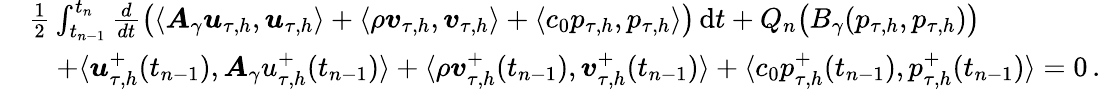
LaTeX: \begin{array}{rl}&{\frac{1}{2}\int_{t_{n-1}}^{t_{n}}\frac{d}{dt}\big(\langle\boldsymbol A_{\gamma}\boldsymbol u_{\tau,h},\boldsymbol u_{\tau,h}\rangle+\langle\rho\boldsymbol v_{\tau,h},\boldsymbol v_{\tau,h}\rangle+\langle c_{0}p_{\tau,h},p_{\tau,h}\rangle\big)\, \mathrm{d}t+Q_{n}\big(B_{\gamma}(p_{\tau,h},p_{\tau,h})\big)}\\ &{\quad+\langle\boldsymbol u_{\tau,h}^{+}(t_{n-1}),\boldsymbol A_{\gamma}u_{\tau,h}^{+}(t_{n-1})\rangle+\langle\rho\boldsymbol v_{\tau,h}^{+}(t_{n-1}),\boldsymbol v_{\tau,h}^{+}(t_{n-1})\rangle+\langle c_{0}p_{\tau,h}^{+}(t_{n-1}),p_{\tau,h}^{+}(t_{n-1})\rangle=0\, .}\end{array}